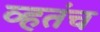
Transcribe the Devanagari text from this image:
व्हतंच